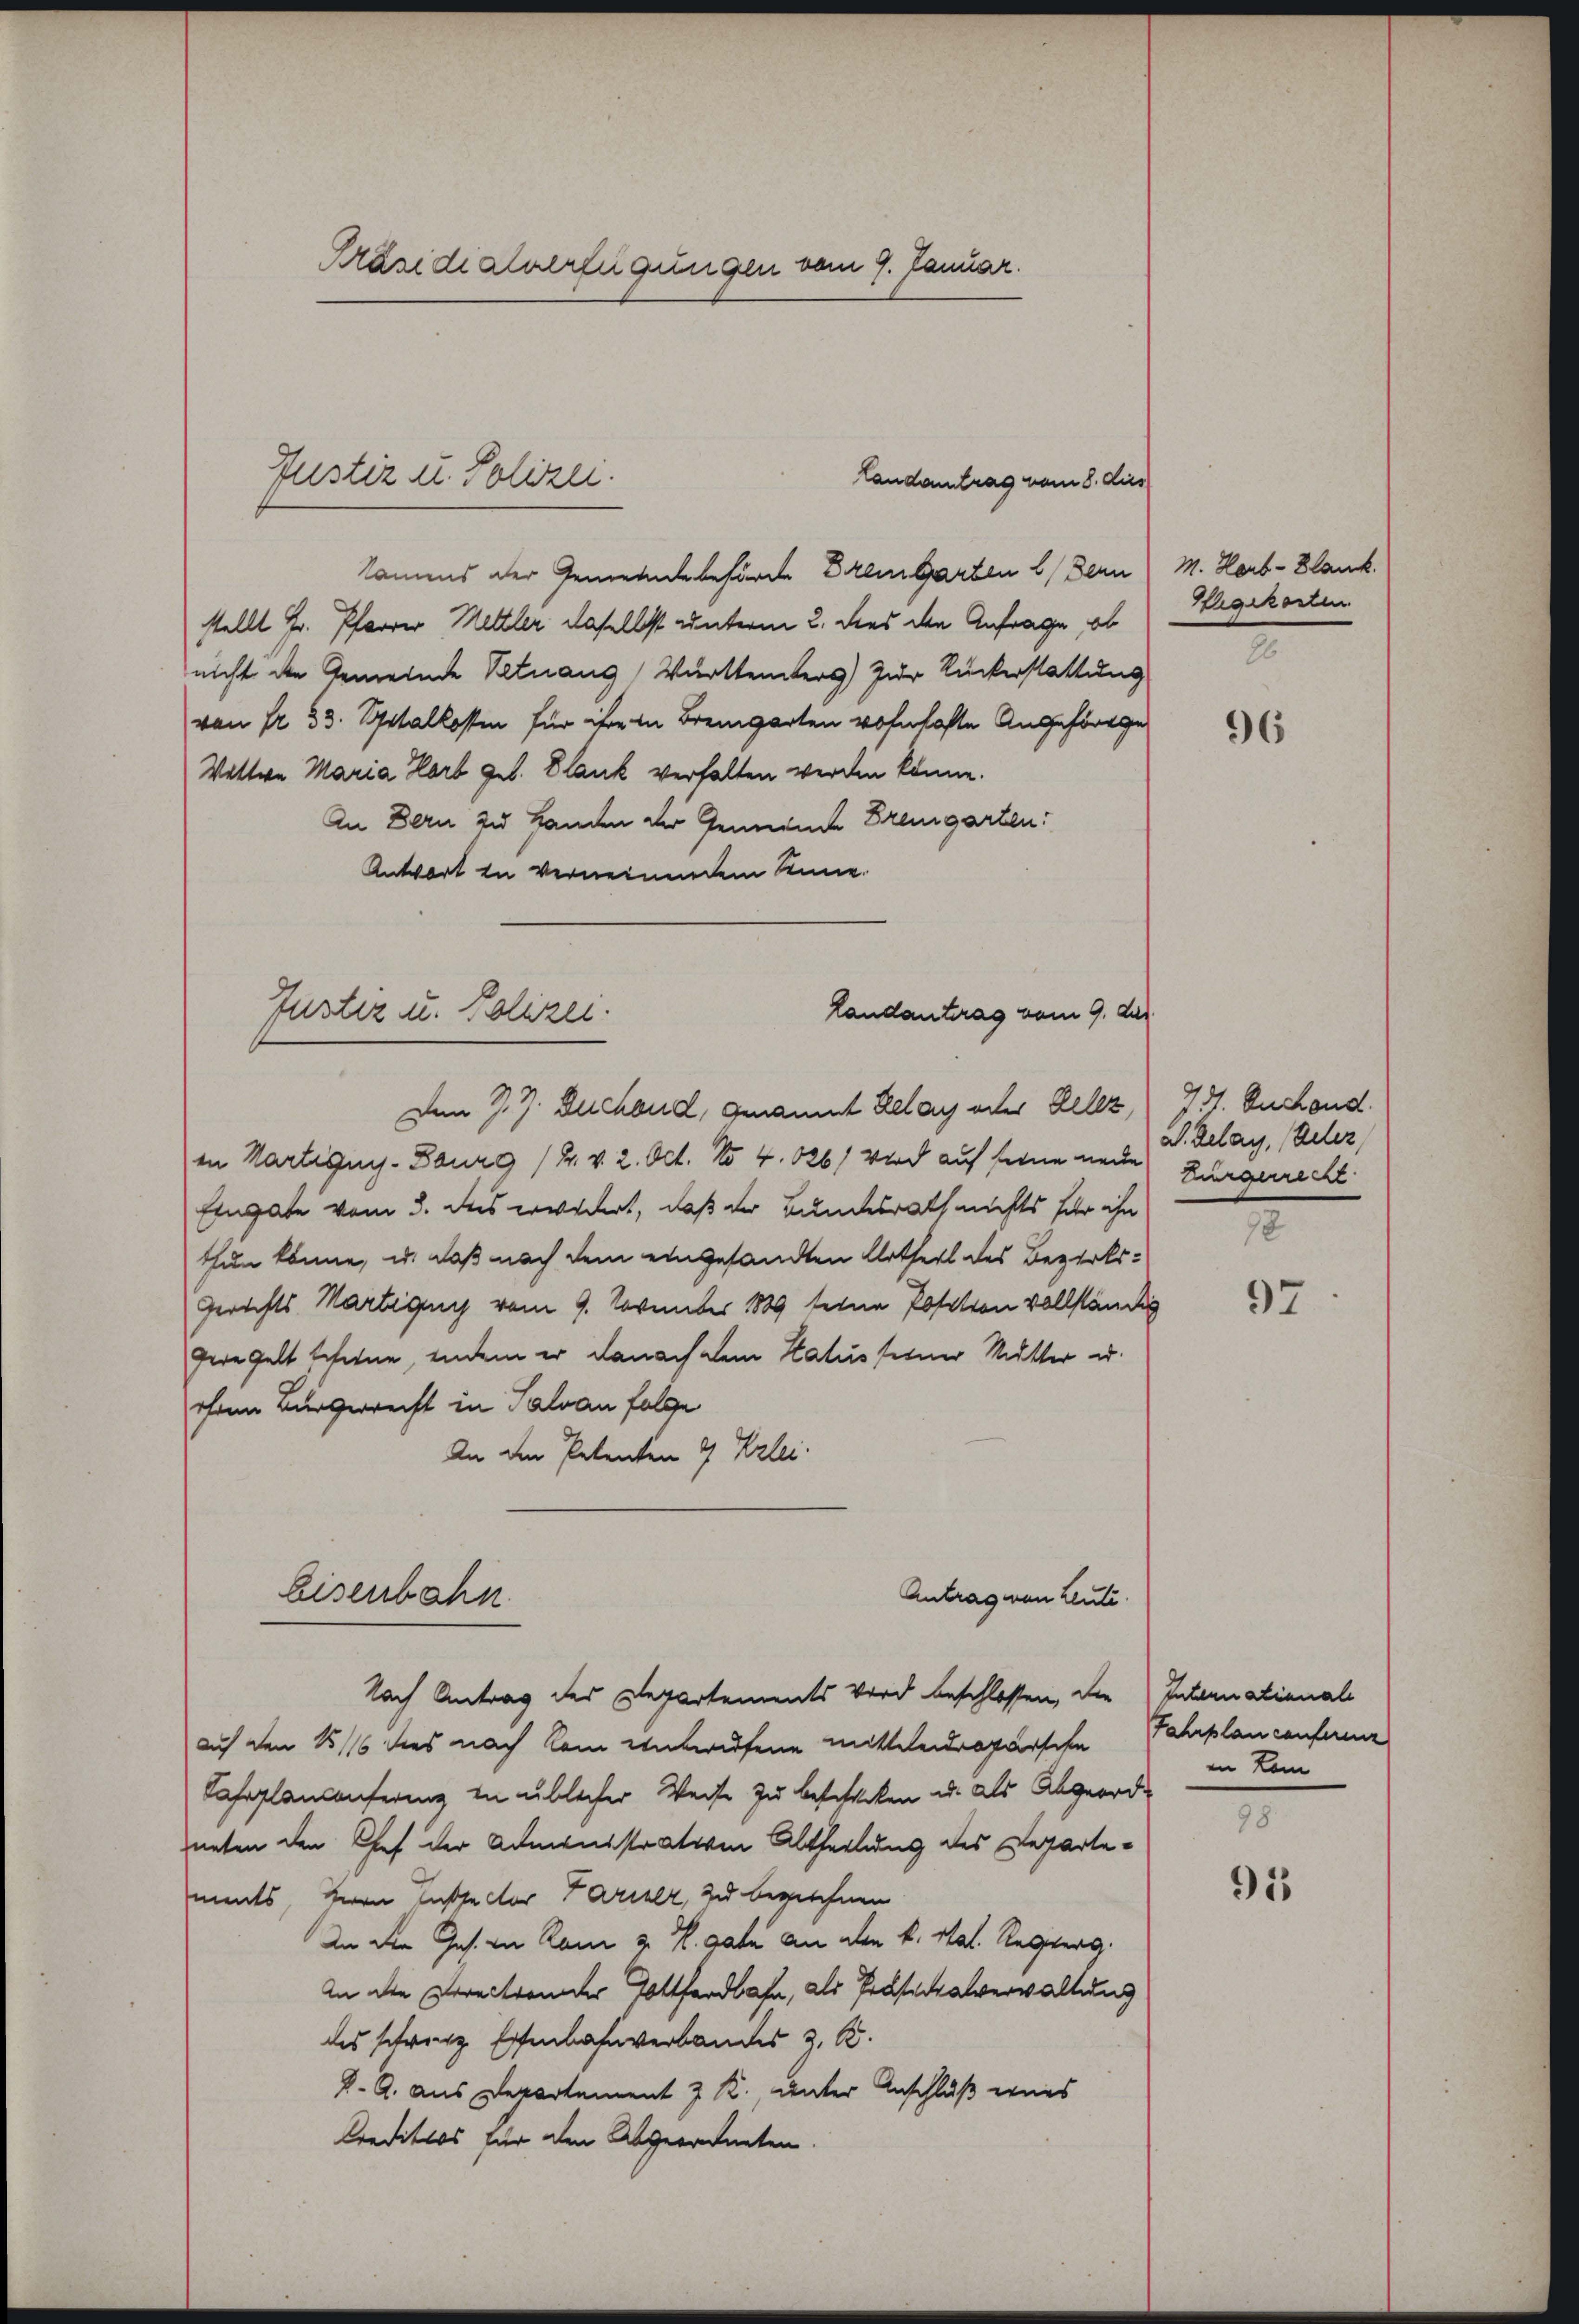
Präsidialverfügungen vom 9. Januar.

kammens der Gemeindebehörde Bremgarten Bern M. Korb-Blank.
stellt Hr. Pfarrer Mettler daselbst unterm 2. dies den Anfrage, ob
nicht der Gemeinde Vetnang, Württembers) zur Ruckerstattung
von Fr. 33. Spitalkosten für ihre in Bremgarten wohnhafte Angeforde
Wittwe Maria Hort geb. Blank verhalten werden könne.
An Bern zu Handen der Gemeinde Bremgarten:
Antwort zu verneinendem Sinne.
Den 27. Duchand, Genannt Lelay oder Delez
in Martigny- Bourg (2. v. 2. Oct. No 4. 126) Wird auf seine neue Burgerrecht
Eingabe vom 3. des erwidert, daß der Bundesrath nichts für ihn
thun könne, u. daß nach dem eingesandten Artheil des Bezirks¬
Gerichts Martigung vom 9. November 1889 seine Posation vollständig
geregelt scheine, indem er danach dem Katus seiner Mutter u.
ohen Bürgerrecht in Salvan folge
An den Petenten 4 Krzlei-
Eisenbahn
Antrag von Leute.
Nach Antrag des Departements Wird beschlossen, die
auf den 1816 dies nach kam entwerfene mittendrogarsche
Cafoplanconferenz in üblicher Weise zu beschecken u. als Abgeordneten den Chef der Administrativen Abtheilung des Departements, Herrn Casse der Fariser, zu beziehnen
In die Ges. in Rom z. B. date an den k. Mal. Resperg.
An die Directander Totthardbahn, als Präsidialverwaltung
des schrenz Eisenbahnverbandes z. B.
K. G. aus Departement J. R., unter Anschluß eines
Creditios für den Abgeordneten.

Justiz u. Polizei.

Landantrag vom 8. dies

Justiz u. Polizei.
Landantrag vom 9. dur

Wegekosten

96

931 Euchend
2. Belag, (Oeler,

97

International
Jahrplan conferenz
in Lam

91